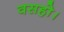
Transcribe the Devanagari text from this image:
वसहो।